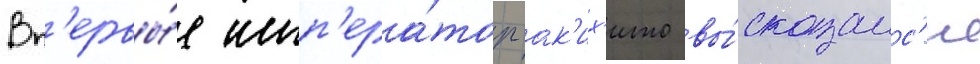
Вп'ервы́е имп'ера́тор ак'их'ито вы́сказалс'я